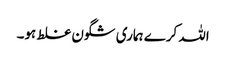
اللہ کرے ہماری شگون غلط ہو۔